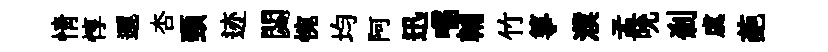
情惇邐杏頸迹閟惋均阿迅嚅輔竹箏濮孟吮剎虞葩